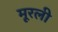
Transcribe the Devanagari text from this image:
मूरली